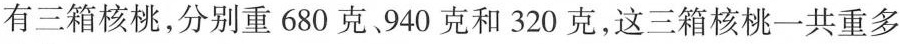
有三箱核桃，分别重680克、940克和320克，这三箱核桃一共重多